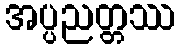
အပ္ပညတ္တဿ